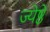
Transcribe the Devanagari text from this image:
ज्येष्ठे